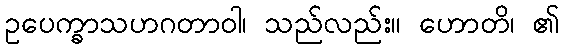
ဥပေက္ခာသဟဂတာဝါ၊ သည်လည်း။ ဟောတိ၊ ၏